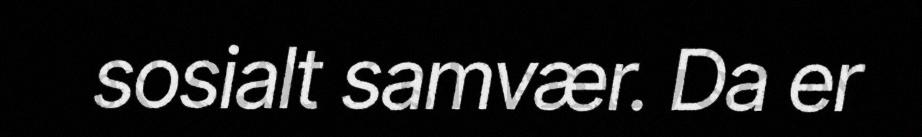
sosialt samvær. Da er